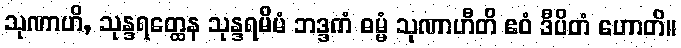
သုဏာဟိ, သုန္ဒရတ္ထေန သုန္ဒရမိမံ ဘဒ္ဒကံ ဓမ္မံ သုဏာဟီတိ ဧဝံ ဒီပိတံ ဟောတိ။